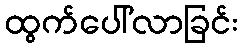
ထွက်ပေါ်လာခြင်း